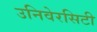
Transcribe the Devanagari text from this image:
उनिवेरसिटी